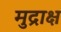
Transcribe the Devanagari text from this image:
मुद्राक्ष